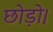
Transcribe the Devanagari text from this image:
छोड़ो।